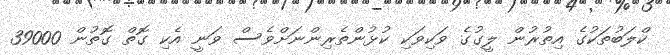
ކްލަބުތަކުގެ އިތުރުން ލީގުގެ ވަކިވަކި ކުޅުންތެރިންނަށްވެސް ވަނީ އެކި ގޮތް ގޮތުން 39000